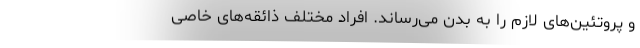
و پروتئین‌های لازم را به بدن می‌رساند. افراد مختلف ذائقه‌های خاصی